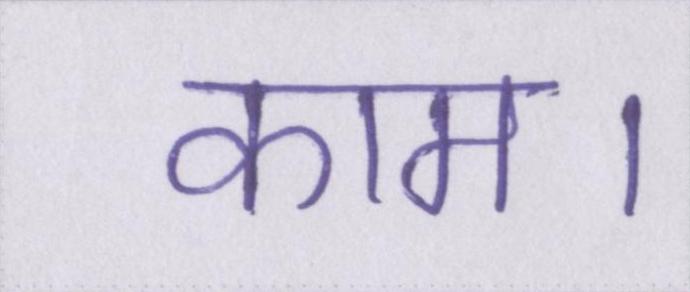
काम।